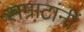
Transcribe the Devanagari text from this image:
सम्राटांनीं